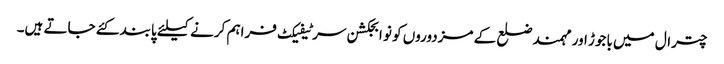
چترال میں باجوڑ اور مہمند ضلع کے مزدوروں کو نو ابجکشن سرٹیفیکٹ فراہم کرنے کیلئے پابند کئے جاتے ہیں۔